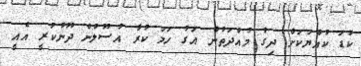
ކުޑަ ކުއްޔަަކަށް ދިގު މުއްދަތުން އަގު ހަމަ ކުރާ އުސޫލުން ދޫނުކުރީ އެއީ